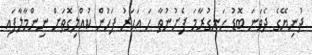
ދުނިޔޭގެ ދެވަނަ ބޮޑު ހަނގުރާމަ ފެށުނުތާ ހަ އަހަރު ފަހުން ކުއްލިގޮތަށް ނިންމާލާފައި